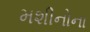
મશીનોના